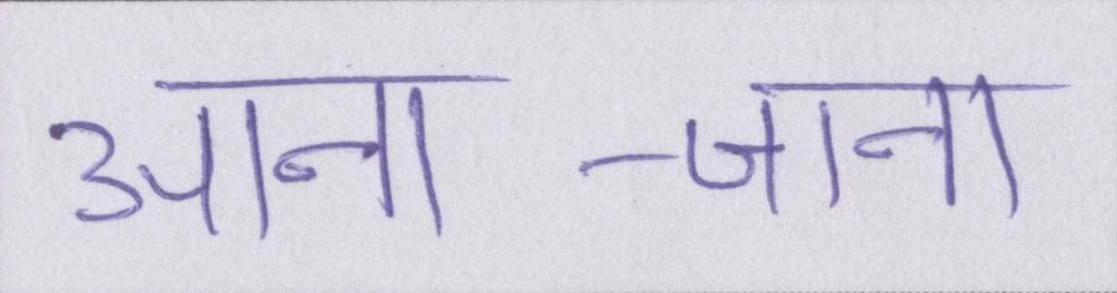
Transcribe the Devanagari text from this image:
आना-जाना